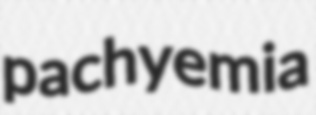
pachyemia